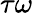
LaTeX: \tau\omega